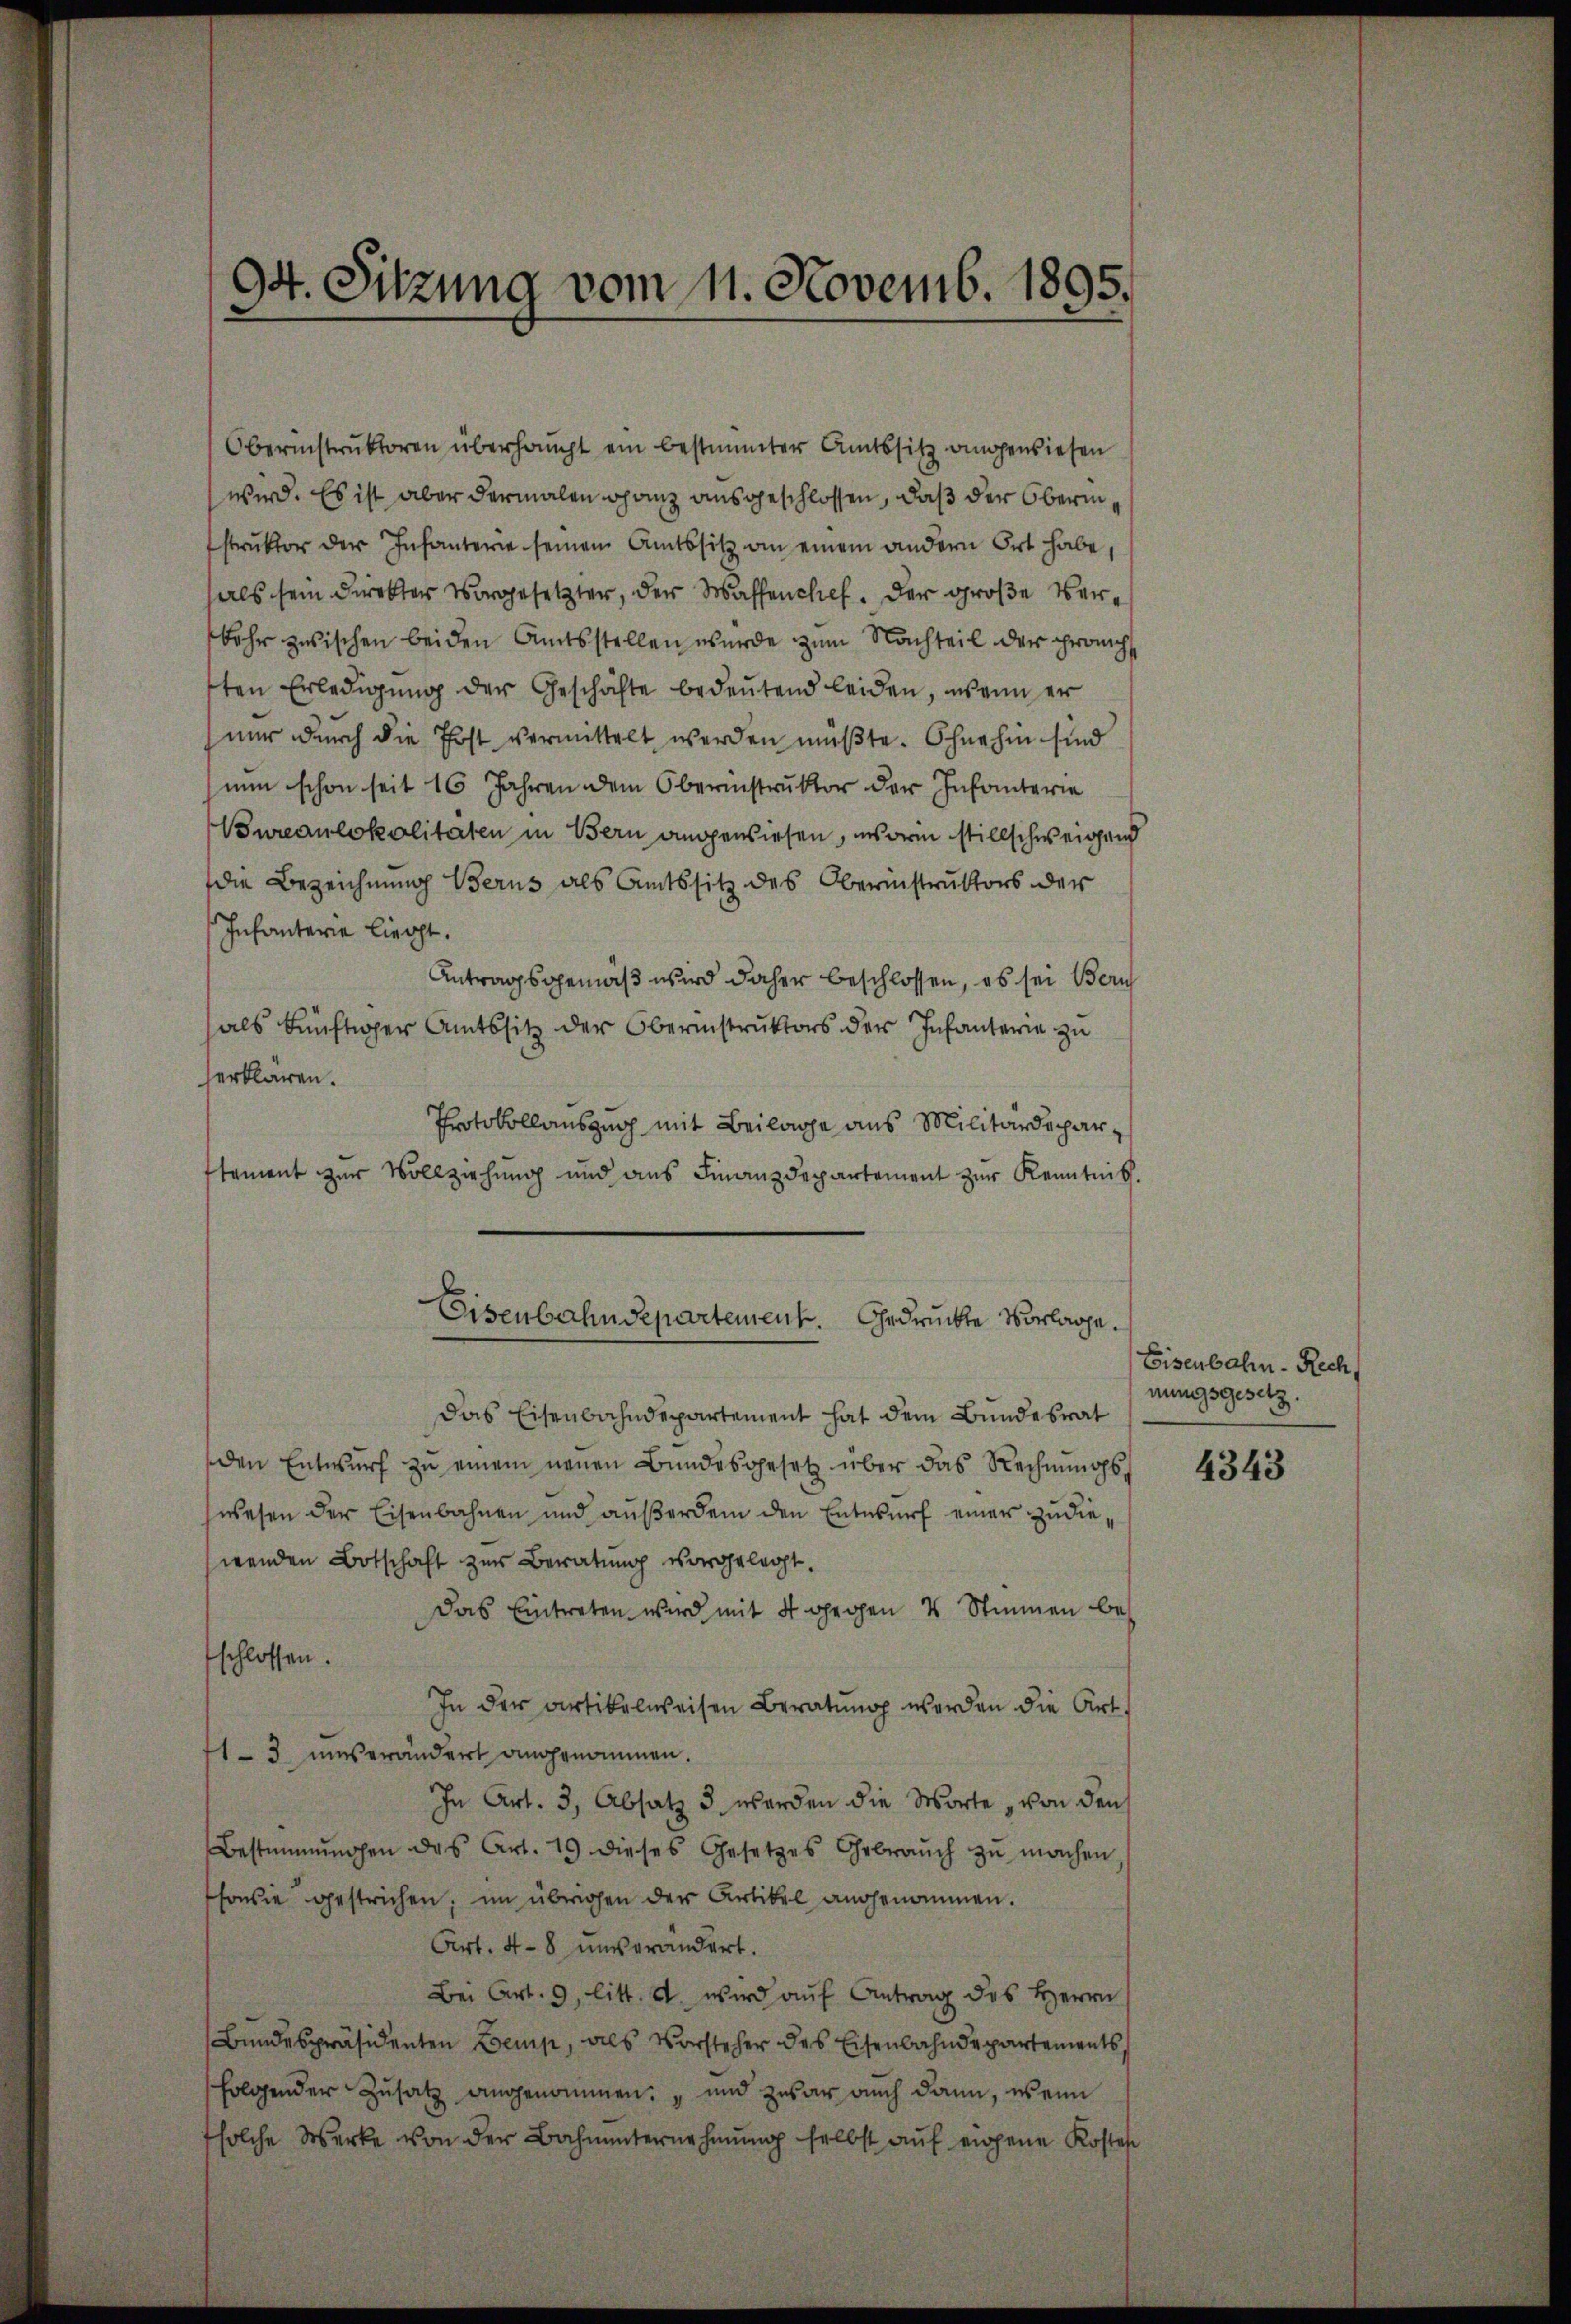
Oberinstrŭktoren überhaupt ein bestimmter Amtssitz angewiesen
wird. Es ist aber dermalen ganz ausgeschlossen, daß der Oberin,
struktor der Infanterie seinem Amtssitz an einem andern Ort habe,
hals sein Direkter vorgesetzter, der Wassenchef. Der große Verbahr zwischen beiden Amtsstellen wurde zum Nachteil der granch
sten Erledigung der Geschäfte bedeutend leiden, wenn er
nur durch die Post vermittelt werden müβte. Ohnehin sind
nun schon seit 16 Jahren dem Oberinstruktor der Infanterie
Bureaulokalitäten in Bern angewiesen, warm stillschweigend
die Bezeichnung Berns als Amtssitz des Oberinstruktors der
Infanterie liegt.
Antragsgemäß wird daher beschlossen, es sei Bern
als künftiger Amtssitz der Oberinstruktors der Infanterie zu
erklären.
Protokollauszug mit Beilage aus Militärdepartement zur Vollziehung und aus Finanzdepartement zur Kenntnis.

94. Sitzung vom 11. Novemb. 1895.

Eisenbahndepartement. Gedrückte Vorlage.

Das Eisenbahndepartement hat dem Bundesrat
den Entwurf zu einem neuen Bundesgesetz über das Rechnungswesen der Eisenbahnen und aŭβerdem den Entwŭrf einer zŭ die,
wenden Botschaft zur Beratung vorgelegt.
Das Eintreten wird mit 4 gegen 4 Stimmen bes
schlossen.
In der Artikelweisen Beratŭng werden die Art.
713. unverändert angenommen.
In Art. 3, Absatz 3 werden die Worte „von den
Bestimmungen des Art. 19 dieses Gesetzes Gebraŭch zŭ machen
sowie gestrichen; im übrigen der Artikel angenommen.
Art. 48 unverändert.
Bei Art. 9, litt. A. wird auf Antrag des Herrn
Bundespräsidenten Lemp, als Vorsteher des Eisenbahndepartements,
folgender Zusatz angenommen: „und zwar auch dann, wenn
solche Werke von der Bahnunternehmung selbst auf eigene Kosten

Eisenbahn. Rech
nungsgesetz.

4343